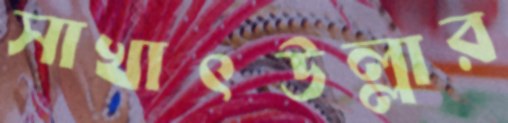
সাখাৎউল্লার